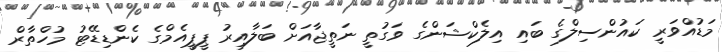
މަޑުއްވަރީ ކައުންސިލްގެ ބައި އިލެކްޝަންގެ ވަގުތީ ނަތީޖާއަށް ބަލާއިރު ޕީޕީއެމްގެ ކެންޑިޑޭޓު މުހްތާރް